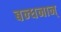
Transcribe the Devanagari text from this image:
बन्‍धनान्